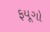
ફયૂગો